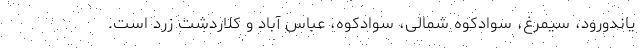
یاندورود، سیمرغ، سوادکوه شمالی، سوادکوه، عباس آباد و کلاردشت زرد است.